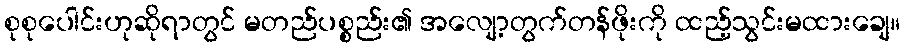
စုစုပေါင်းဟုဆိုရာတွင် မတည်ပစ္စည်း၏ အလျော့တွက်တန်ဖိုးကို ထည့်သွင်းမထားချေ။